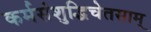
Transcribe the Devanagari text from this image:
कर्मसंशुद्धिचेतसाम्